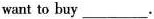
want to buy___.